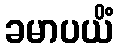
ခမာပယိံ